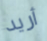
أريد